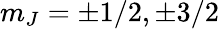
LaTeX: m_{J}=\pm 1/2,\pm 3/2